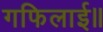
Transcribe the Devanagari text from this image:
गफिलाई॥